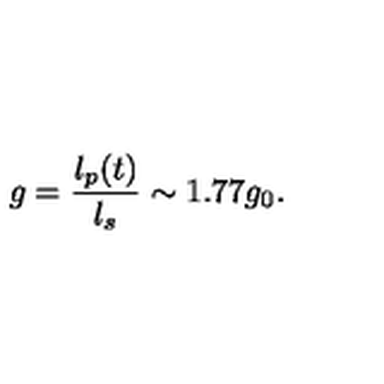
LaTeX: g = \frac { l _ { p } ( t ) } { l _ { s } } \sim 1 . 7 7 g _ { 0 } .